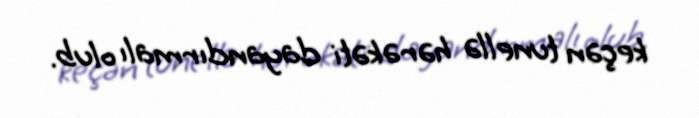
keçən tunellə hərəkəti dayandırmalı olub.